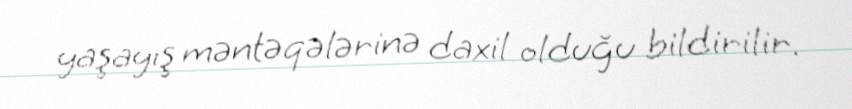
yaşayış məntəqələrinə daxil olduğu bildirilir.